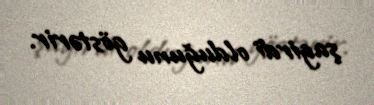
şagirdi olduğunu göstərir.